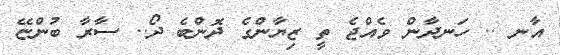
އާނ .. ހަނދާން ވެއްޖެ ތީ ޒިޔާންގެ ދޮންބެ ދޯ.. ސާރާ ބުންޏޭ